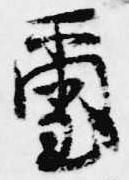
璽